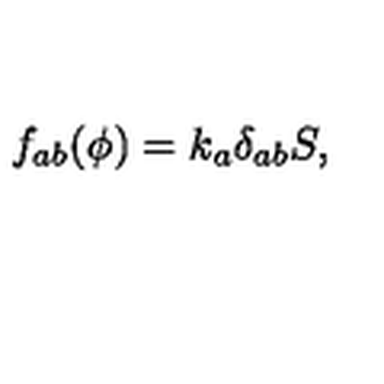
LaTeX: f _ { a b } ( \phi ) = k _ { a } \delta _ { a b } S ,